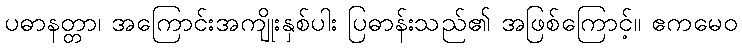
ပဓာနတ္တာ၊ အကြောင်းအကျိုးနှစ်ပါး ပြဓာန်းသည်၏ အဖြစ်ကြောင့်။ ဧကမေဝ